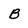
Character: B